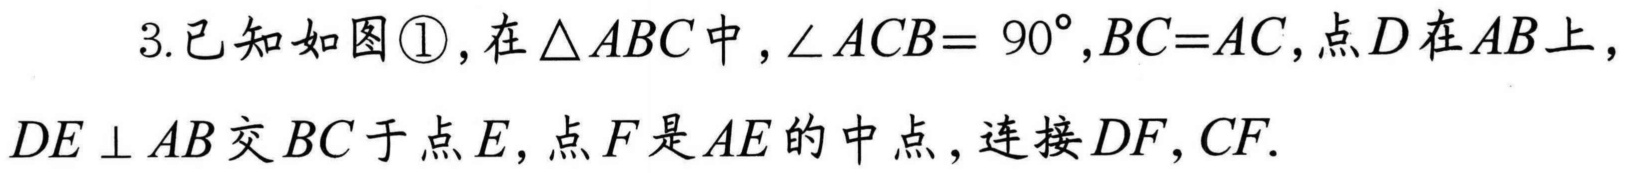
3.已知如图\textcircled{1}，在\(\triangle ABC\)中，\(\angle ACB = 90^{\circ},BC = AC\)，点\(D\)在\(AB\)上，\(DE\perp AB\)交\(BC\)于点\(E\)，点\(F\)是\(AE\)的中点，连接\(DF,CF\).